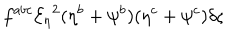
f ^ { a b c } { { \mathcal { E } _ { \eta } } } ^ { 2 } ( \eta ^ { b } + \psi ^ { b } ) ( \eta ^ { c } + \psi ^ { c } ) \delta \varsigma